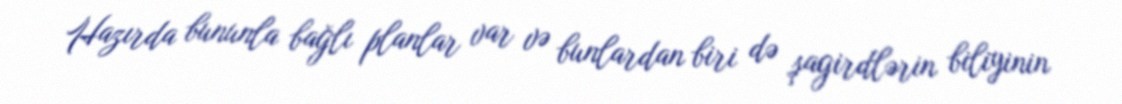
Hazırda bununla bağlı planlar var və bunlardan biri də şagirdlərin biliyinin